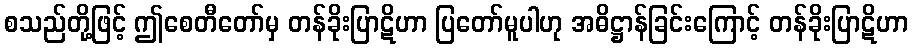
စသည်တို့ဖြင့် ဤစေတီတော်မှ တန်ခိုးပြာဋိဟာ ပြတော်မူပါဟု အဓိဋ္ဌာန်ခြင်းကြောင့် တန်ခိုးပြာဋိဟာ